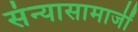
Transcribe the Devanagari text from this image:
संन्यासामाजीं